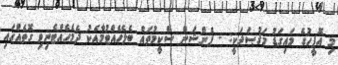
މި އޮފީހުގެ މައިގަޑު މަޤުޞަދަކީ: - ޕެންޝަން ސްކީމުތައް ބެލެހެއްޓުމާއެކު ދެމެހެއްޓެނިވި ގޮތެއްގައި